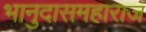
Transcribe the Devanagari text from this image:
भानुदासमहाराज